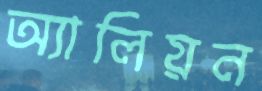
অ্যালিয়ন